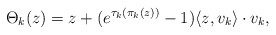
\begin{align*}\Theta_{k}(z)= z + (e^{\tau_k(\pi_k(z))}-1)\langle z,v_k\rangle\cdot v_k, \end{align*}